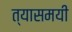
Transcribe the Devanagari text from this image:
त्यासमयी